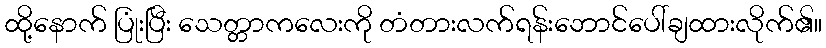
ထို့နောက် ပြုံးပြီး သေတ္တာကလေးကို တံတားလက်ရန်းဘောင်ပေါ်ချထားလိုက်၏။